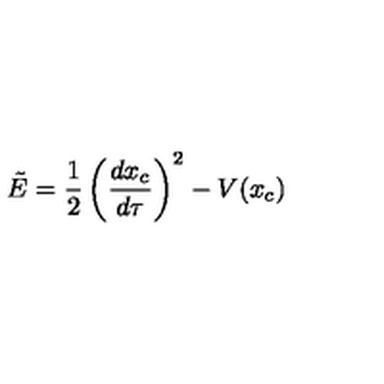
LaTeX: \tilde { E } = { \frac { 1 } { 2 } } \left( { \frac { d x _ { c } } { d \tau } } \right) ^ { 2 } - V ( x _ { c } )